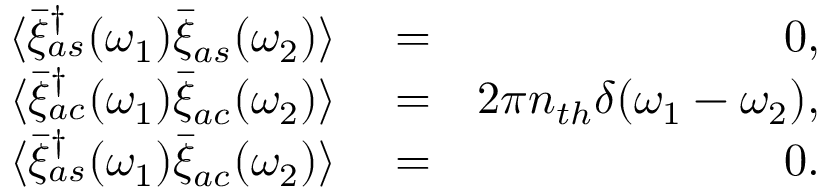
\begin{array} { r l r } { \langle \bar { \xi } _ { a s } ^ { \dagger } ( \omega _ { 1 } ) \bar { \xi } _ { a s } ( \omega _ { 2 } ) \rangle } & { { } = } & { 0 , } \\ { \langle \bar { \xi } _ { a c } ^ { \dagger } ( \omega _ { 1 } ) \bar { \xi } _ { a c } ( \omega _ { 2 } ) \rangle } & { { } = } & { 2 \pi n _ { t h } \delta ( \omega _ { 1 } - \omega _ { 2 } ) , } \\ { \langle \bar { \xi } _ { a s } ^ { \dagger } ( \omega _ { 1 } ) \bar { \xi } _ { a c } ( \omega _ { 2 } ) \rangle } & { { } = } & { 0 . } \end{array}